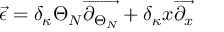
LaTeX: \overrightarrow { \epsilon } = \delta _ { \kappa } \Theta _ { N } \overrightarrow { \partial _ { \Theta _ { N } } } + \delta _ { \kappa } x \overrightarrow { \partial _ { x } }